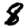
Digit: 8